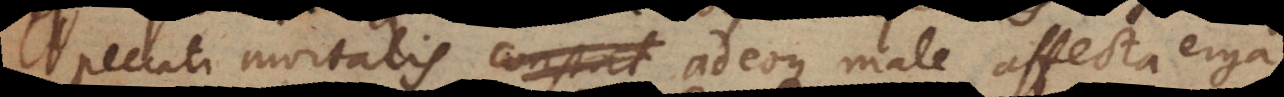
peccati mortalis adeoque male affecta erga